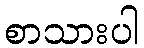
စာသားပါ